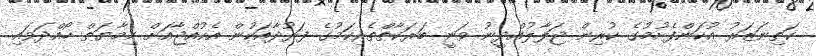
ކަތިނަޒަރު އުކަންފެށުމުގެ ކުރިން ޖަލާލުއްދީނު ވަނީ ބަރަކާތްތެރިކަމުގެ ފަރުދާއަކުން އެކުއްޖާއަށް ހިމާޔަތް ހޯއްދަވައި